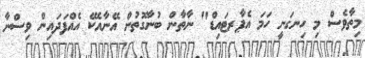
މިތާވެސް މި ހިނގަނީ ހަމަ އެޕާރޓައިޑް" ނާތާން ބުނާގޮތުން އޭނާއެކޭ އެއްފަދައިން ވިސްނާ